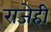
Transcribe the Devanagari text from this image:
राजेही